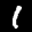
Label: 1